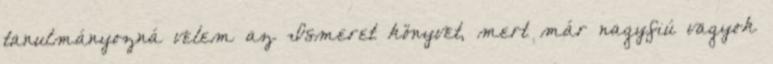
tanulmányozná velem az Ismeret könyvet, mert már nagyfiú vagyok